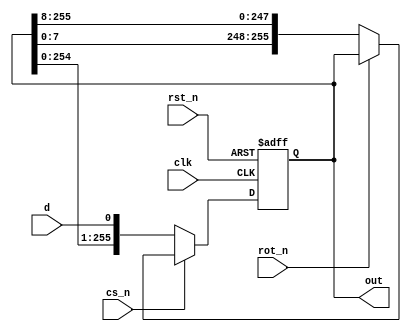
// This program was cloned from: https://github.com/sarfrazenator/Sarfraz_TinyTapeout
// License: Apache License 2.0

module s_p_shift_reg #(parameter LENGTH=256, parameter ROT_LEN = 8) (input d,
                                          input clk,
                                          input rst_n,
                                          input cs_n,
                                          input rot_n,
                                          output reg [LENGTH-1:0] out);
                                                      
  always @(posedge clk or negedge rst_n)
    begin
      if(!rst_n)
        out <= {LENGTH{1'b0}};
      else if (!cs_n)
        out <= {out[LENGTH-2:0], d};
      else if (!rot_n)
        out <= {out[ROT_LEN -1:0], out[LENGTH -1:ROT_LEN]};
      else 
        out <= out;
    end
  
endmodule

module lut #(parameter IN_WIDTH=4, parameter OUT_WIDTH=4) (input [IN_WIDTH-1:0] sel,
                                                           input [2**(IN_WIDTH)*OUT_WIDTH-1:0] in,
                                                           output [OUT_WIDTH-1:0] out);
 
 
  
  wire [OUT_WIDTH-1:0] chunked_in [2**IN_WIDTH-1:0];
  
  genvar i;
  
  generate
    for (i = 0; i < 2**IN_WIDTH; i = i+1) begin
      assign chunked_in[i] = in[(i+1) * OUT_WIDTH - 1 -: OUT_WIDTH];
    end
  endgenerate	     
  
  assign out = chunked_in[sel];
  
endmodule

module serial_load_lut #(parameter IN_WIDTH=4, parameter OUT_WIDTH=4) (
  input d, input clk, input rst_n, input cs_n, input rot_n, input [IN_WIDTH-1:0] sel, output [OUT_WIDTH-1:0] out);
  
  wire [2**(IN_WIDTH)*OUT_WIDTH-1:0] parallel_table;
  
  s_p_shift_reg #(2**(IN_WIDTH)*OUT_WIDTH, OUT_WIDTH) p_s_shift_reg(.d(d),.clk(clk),.rst_n(rst_n),.cs_n(cs_n),
                                                                  .rot_n(rot_n), .out(parallel_table));
  
  lut #(IN_WIDTH, OUT_WIDTH) lut(.sel(sel), .in(parallel_table), .out(out));
  
  
endmodule

module user_module_bc4d7220e4fdbf20a574d56ea112a8e1(
  input [7:0] io_in,
  output [7:0] io_out
);

  
  // Out of I/O to RST -- we can always clock zeros through the shift register instead
  wire rst_n;
  assign rst_n = 1;
  
  serial_load_lut #(4, 3) lut(.d(io_in[0]), .clk(io_in[1]), .cs_n(io_in[2]), .rst_n(rst_n),
                              .rot_n(io_in[7]), .sel(io_in[6:3]), .out(io_out[2:0]));
  
  
  assign io_out[7:3] = 0;
  
endmodule